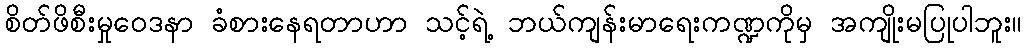
စိတ်ဖိစီးမှုဝေဒနာ ခံစားနေရတာဟာ သင့်ရဲ့ ဘယ်ကျန်းမာရေးကဏ္ဍကိုမှ အကျိုးမပြုပါဘူး။